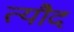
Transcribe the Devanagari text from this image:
त्यौद